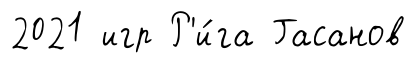
2021 игр Р'и́га Гасанов